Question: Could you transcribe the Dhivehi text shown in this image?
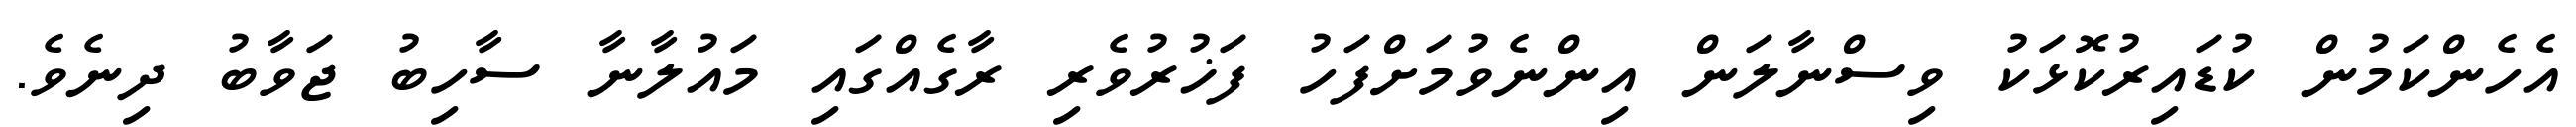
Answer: އެހެންކަމުން ކުޑައިރުކޮޅަކު ވިސްނާލަން އިންނެވުމަށްފަހު ފަޚުރުވެރި ރާގެއްގައި މައުލާނާ ސާހިބު ޖަވާބު ދިނެވެ.